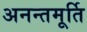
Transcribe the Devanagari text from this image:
अनन्तमूर्ति